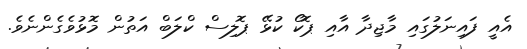
އެއީ ފައިނަލުގައި މާޖިދާ އާއި ޕޮކޯ ކުޅޭ ޕޮލިސް ކްލަބް އަތުން މޮޅުވެގެންނެވެ.